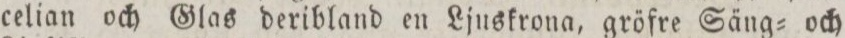
celian och Glas deribland en Ljuskrona, gröfre Säng= och